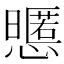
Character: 𢤃